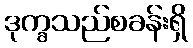
ဒုက္ခသည်စခန်းရှိ